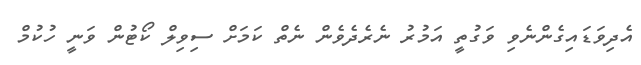
އެދިވަޑައިގެންނެވި ވަގުތީ އަމުރު ނެރެދެވެން ނެތް ކަމަށް ސިވިލް ކޯޓުން ވަނީ ހުކުމް